Annual statistical returns and brief notes on vaccination in Bengal - 1909-1929
Year: 1909
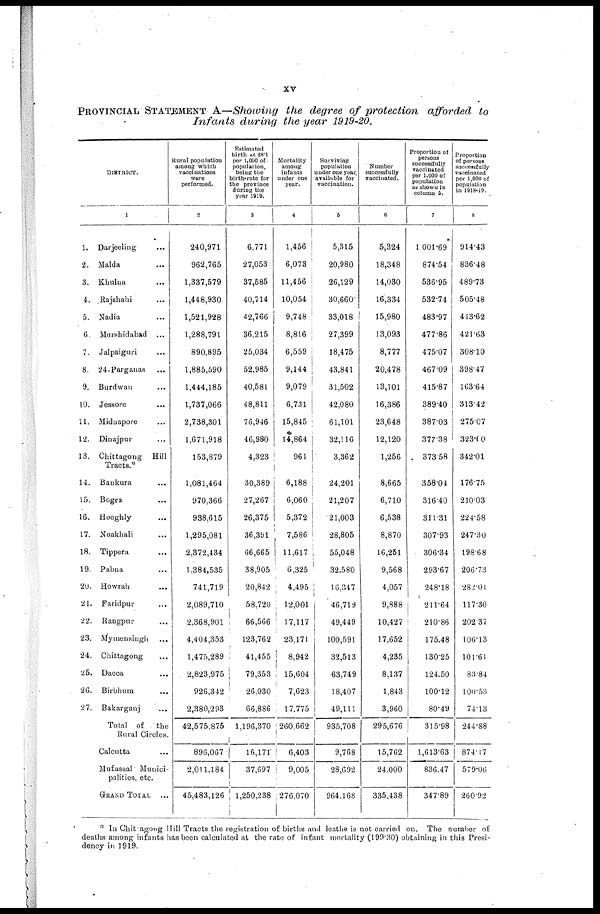
xv
PROVINCIAL STATEMENT A—Showing the degree of protection afforded to
Infants during the year 1919-20.
DISTRICT.
1
1.
2.
3.
4.
5.
6.
7.
8.
9.
10.
11.
12.
13.
14.
15.
16.
17.
18.
19.
20.
21.
22.
23.
24.
25.
26.
27.
Darjeeling ...
Malda ...
Khulna ...
Rajshahi ...
Nadia ...
Murshidabad ...
Jalpaiguri ...
24-Parganas ...
Burdwan ...
Jessore ...
Midnapore ...
Dinajpur ...
Chittagong Hill
Tracts.*
Bankura ...
Bogra ...
Hooghly ...
Noakhali ...
Tippera ...
Pabna ...
Howrah ...
Faridpur ...
Rangpur ...
Mymensingh ...
Chittagong ...
Dacca ...
Birbhum
...
Bakarganj ...
Total of
the
Rural Circles.
Calcutta ...
Mufassal Munici-
palities, etc.
GRAND TOTAL ...
Rural population
among which
vaccinations
were
performed.
2
240,971
962,765
1,337,579
1,448,930
1,521,928
1,288,791
890,895
1,885,590
1,444,185
1,737,066
2,738,301
1,671,918
153,879
1,081,464
970,366
938,615
1,295,081
2,372,434
1,384,535
741,719
2,089,710
2,368,901
4,404,353
1,475,289
2,823,975
926,342
2,380,293
42,575,875
896,067
2,011,184
45,483,126
Estimated
birth at 28.1
per 1,000 of
population,
being the
birth-rate for
the province
during the
year 1919.
3
6,771
27,053
37,585
40,714
42,766
36,215
25,034
52,985
40,581
48,811
78,946
46,980
4,323
30,389
27,267
26,375
36,391
66,665
38,905
20,842
58,720
66,566
123,762
41,455
79,353
26,030
66,886
1,196,370
16,171
37,697
1,250,238
Mortality
among
infants
under one
year.
4
1,456
6,073
11,456
10,054
9,748
8,816
6,559
9,144
9,079
6,731
15,845
14,864
961
6,188
6,060
5,372
7,586
11,617
6,325
4,495
12,001
17,117
23,171
8,942
15,604
7,623
17,775
260,662
6,403
9,005
276,070
Surviving
population
under one year
available for
vaccination.
5
5,315
20,980
26,129
30,660
33,018
27,399
18,475
43,841
31,502
42,080
61,101
32,116
3,362
24,201
21,207
21,003
28,805
55,048
32,580
16,347
46,719
49,449
100,591
32,513
63,749
18,407
49,111
935,708
9,768
28,692
964,168
Number
successfully
vaccinated.
6
5,324
18,348
14,030
16,334
15,980
13,093
8,777
20,478
13,101
16,386
23,648
12,120
1,256
8,665
6,710
6,538
8,870
16,251
9,568
4,057
9,888
10,427
17,652
4,235
8,137
1,843
3,960
295,676
15,762
24,000
335,438
Proportion of
persons
successfully
vaccinated
per 1,000 of
population
as shown in
column 5.
7
1,001.69
874.54
536.95
532.74
483.97
477.86
475.07
467.09
415.87
389.40
387.03
377.38
373.58
358.04
316.40
311.31
307.93
306.34
293.67
248.18
211.64
210.86
175.48
130.25
124.50
100.12
80.49
315.98
1,613.63
836.47
347.89
Proportion
of persons
successfully
vaccinated
per 1,000 of
population
in 1918-19.
8
914.43
836.48
489.73
505.48
413.62
421.63
308.10
398.47
163.64
313.42
275.07
323.60
342.01
176.75
210.03
224.58
247.30
198.68
206.73
282.01
117.30
202.37
106.13
101.61
83.84
100.53
74.13
244.88
874.17
579.06
260.92
* In Chittagong Hill Tracts the registration of births and deaths is not carried on. The number of
deaths among infants has been calculated at the rate of infant mortality (199.30) obtaining in this Presi-
dency in 1919.